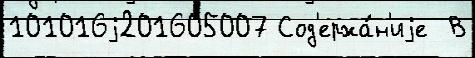
101016j201605007 Сод'ержа́н'иjе  В